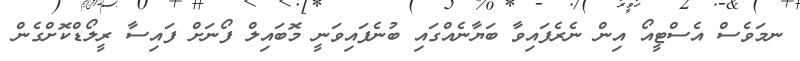
ނމަވެސް އެސްޓީއޯ އިން ނެރެފައިވާ ބަޔާނެއްގައި ބުނެފައިވަނީ މޮބައިލް ފޯނަށް ފައިސާ ރީލޯޑްކޮށްގެން